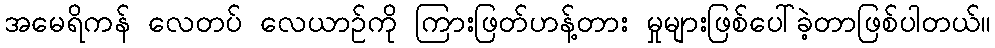
အမေရိကန် လေတပ် လေယာဉ်ကို ကြားဖြတ်ဟန့်တား မှုများဖြစ်ပေါ်ခဲ့တာဖြစ်ပါတယ်။